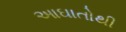
આઘાતોથી